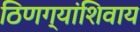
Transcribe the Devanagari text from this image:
ठिणग्यांशिवाय